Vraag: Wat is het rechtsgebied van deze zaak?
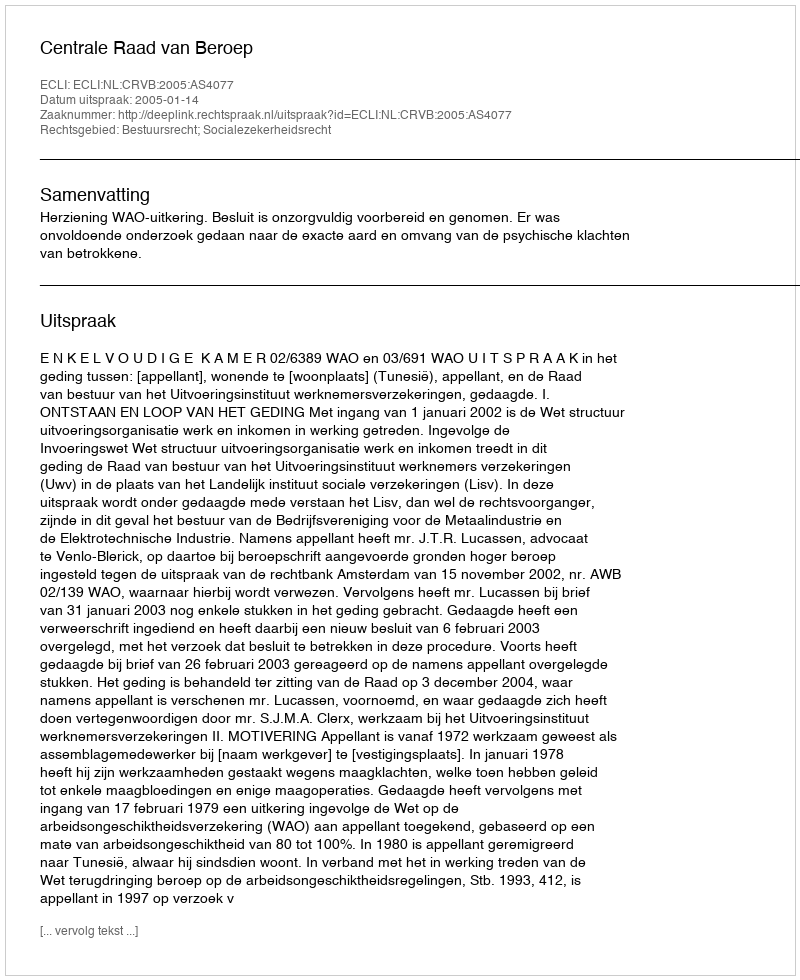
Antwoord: Bestuursrecht; Socialezekerheidsrecht